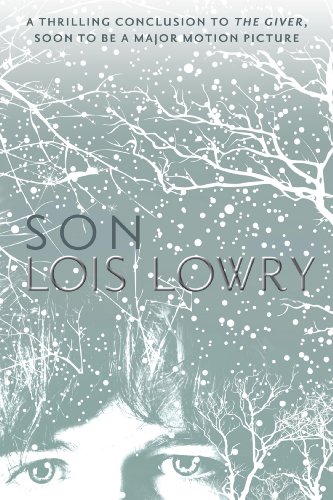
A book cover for Son (Giver Quartet); Lois Lowry; Teen & Young Adult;